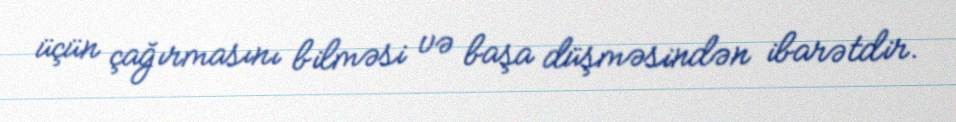
üçün çağırmasını bilməsi və başa düşməsindən ibarətdir.